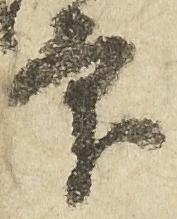
印